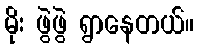
မိုး ဖွဲဖွဲ ရွာနေတယ်။